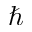
\hbar